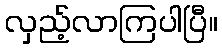
လှည့်လာကြပါပြီ။